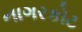
નાગરકોટ